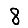
Digit: 8